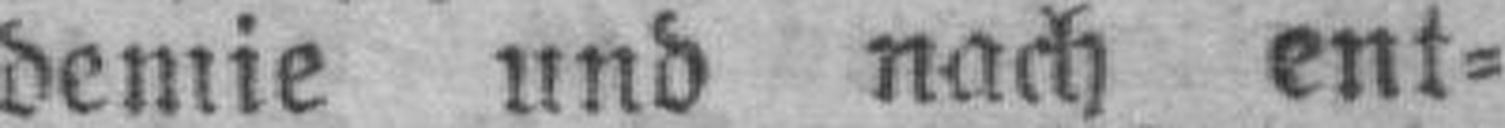
demie und nach ent¬